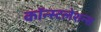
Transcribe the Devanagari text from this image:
कॉन्स्टलेशन्स